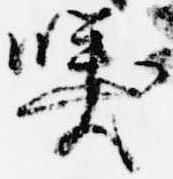
哢